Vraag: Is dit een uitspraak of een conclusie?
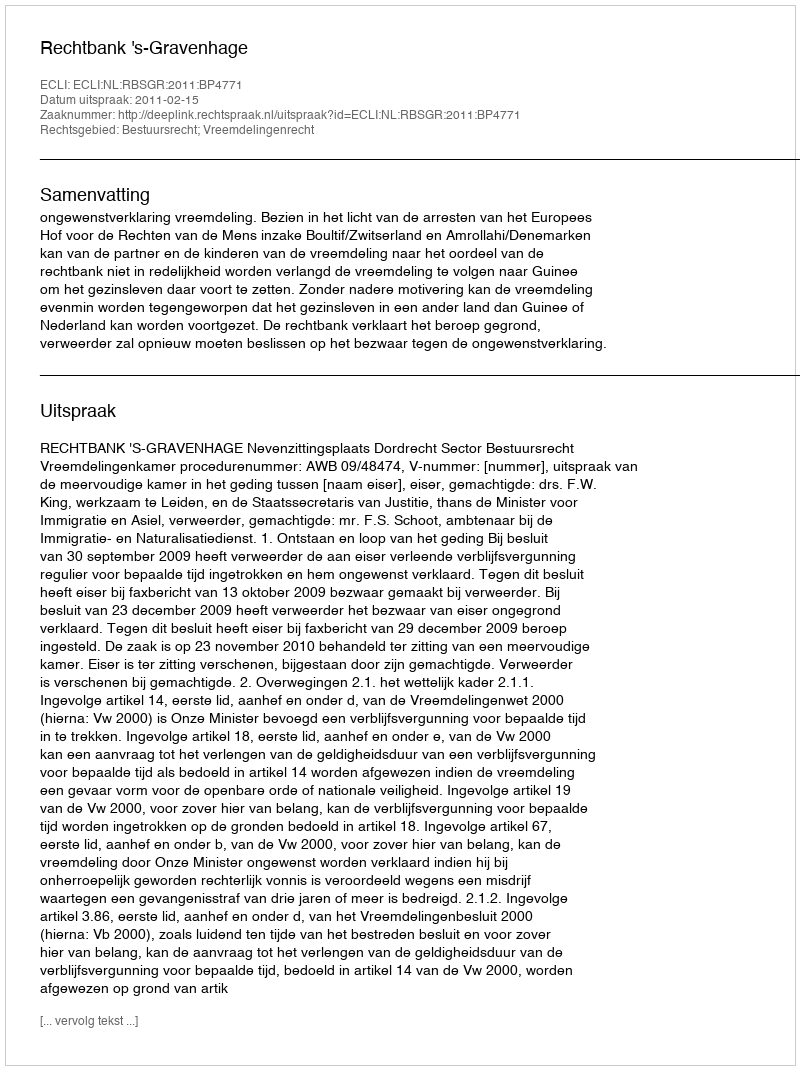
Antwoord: Uitspraak